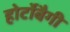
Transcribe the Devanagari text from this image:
होर्टोबैगी